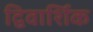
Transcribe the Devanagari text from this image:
द्विवार्शिक